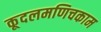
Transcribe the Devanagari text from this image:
कूदलमणिचकाम